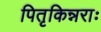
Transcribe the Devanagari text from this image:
पितृकिन्नराः